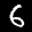
Label: 6